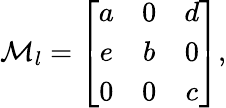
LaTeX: {\cal M}_{l}=\left[\begin{array}{ccc}{{a}}&{{0}}&{{d}}\\ {{e}}&{{b}}&{{0}}\\ {{0}}&{{0}}&{{c}}\end{array}\right],